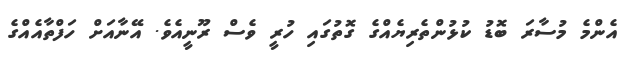
އެންމެ މުސާރަ ބޮޑު ކުޅުންތެރިޔެއްގެ ގޮތުގައި ހުރީ ވެސް ރޫނީއެވެ. އޭނާއަށް ހަފްތާއެއްގެ